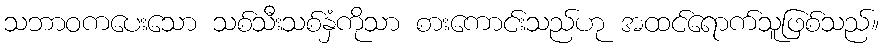
သဘာဝကပေးသော သစ်သီးသစ်နှံကိုသာ စားကောင်းသည်ဟု အထင်ရောက်သူဖြစ်သည်။